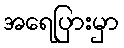
အရေပြားမှာ